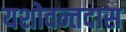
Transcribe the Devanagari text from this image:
यशोवन्तदास